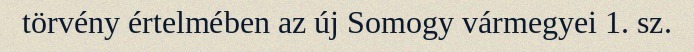
törvény értelmében az új Somogy vármegyei 1. sz.